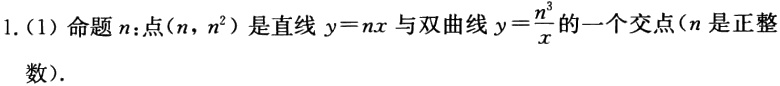
1. (1) 命题\(n\)：点\((n,n^{2})\)是直线\(y = nx\)与双曲线\(y=\frac{n^{3}}{x}\)的一个交点(\(n\)是正整数).